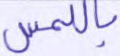
باللمس